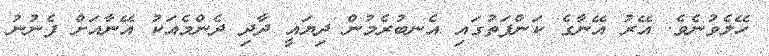
ހޭލެވުނެވެ. އޭރު އޭނާގެ ކަންފަތުގައި އެނބުރެމުން ދިޔައީ ދާދި ދެންމެއަކު އޭނާއަށް ފެނުނު